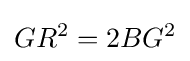
GR^{2}=2BG^{2}